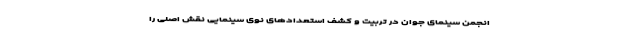
انجمن سینمای جوان در تربیت و کشف استعدادهای نوی سینمایی نقش اصلی را